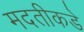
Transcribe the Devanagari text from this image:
मदतीकडे